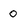
Character: 0